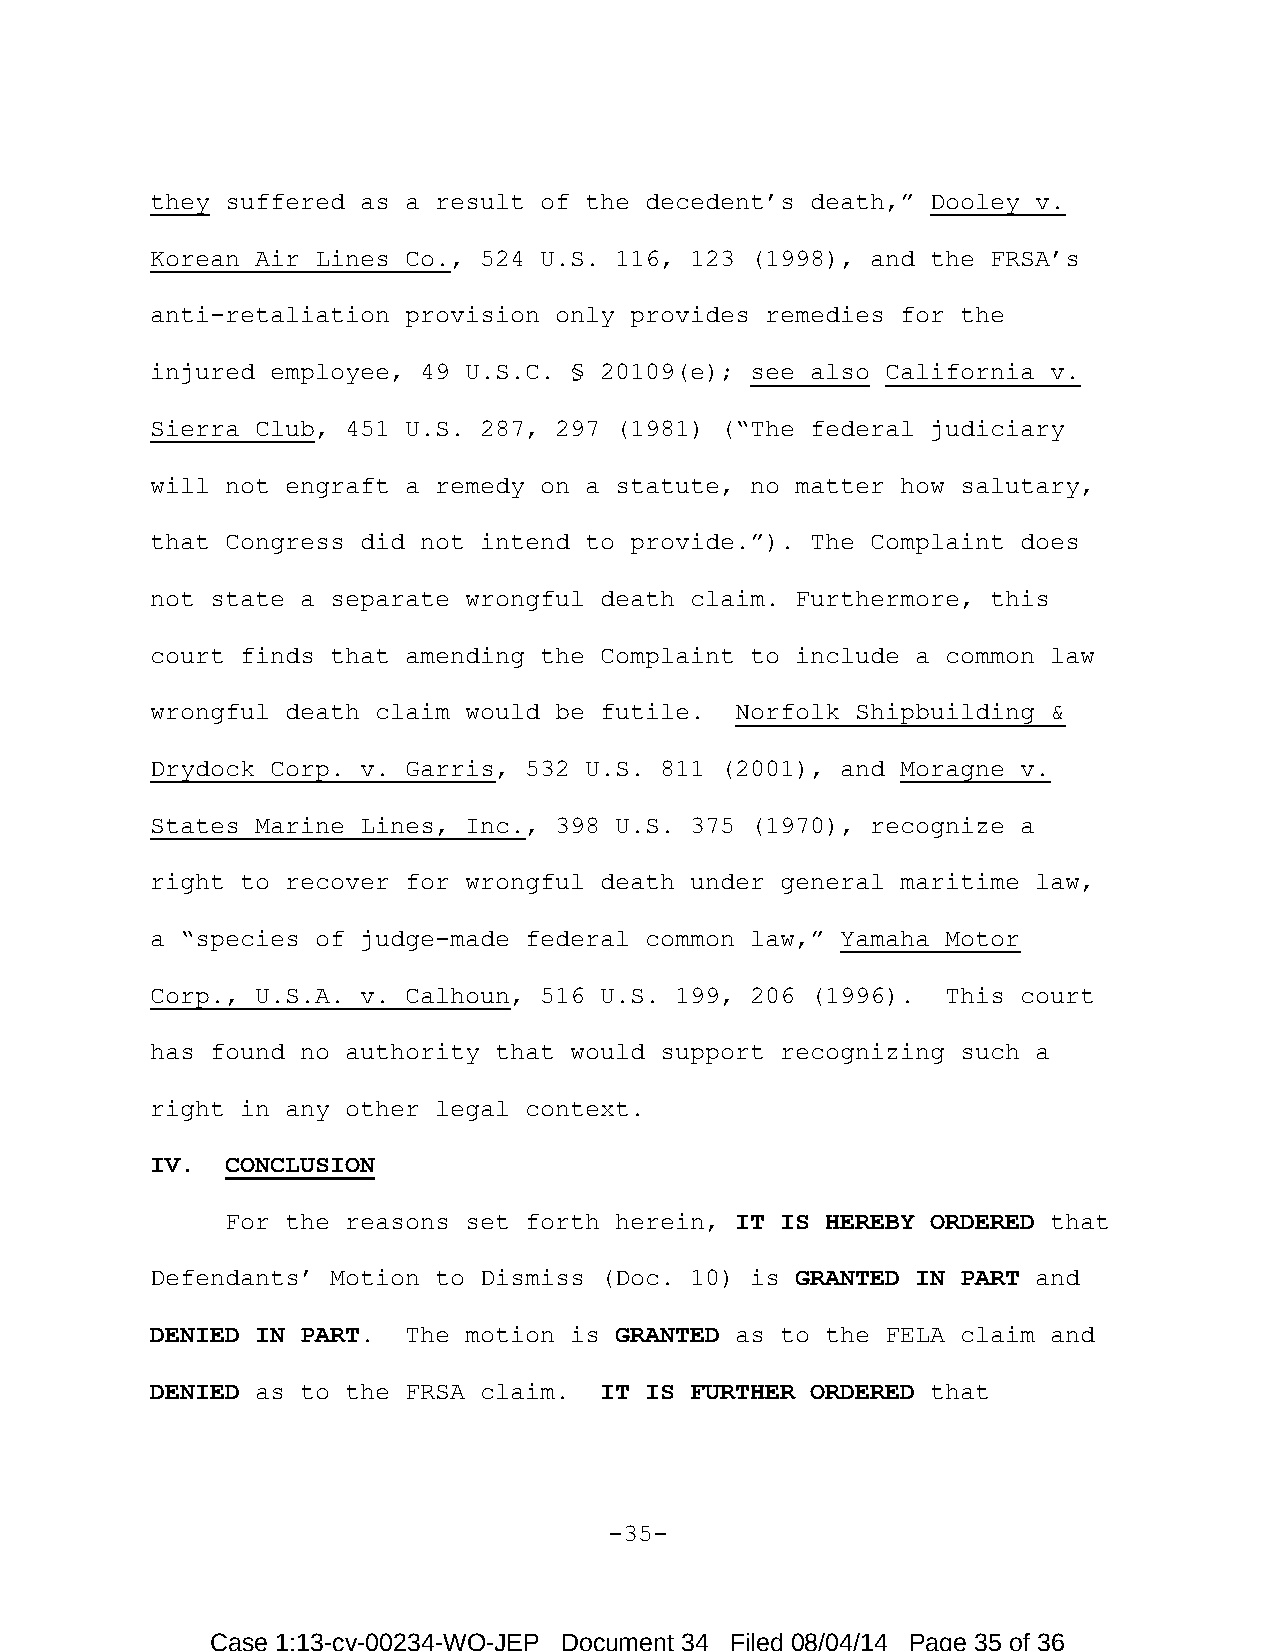
they suffered as a result of the decedent’s death,” Dooley v.
 Korean Air Lines Co., 524 U.S. 116, 123 (1998), and the FRSA’s
 anti-retaliation provision only provides remedies for the
 injured employee, 49 U.S.C. § 20109(e); see also California v.
 Sierra Club, 451 U.S. 287, 297 (1981) (“The federal judiciary
 will not engraft a remedy on a statute, no matter how salutary,
 that Congress did not intend to provide.”). The Complaint does
 not state a separate wrongful death claim. Furthermore, this
 court finds that amending the Complaint to include a common law
 wrongful death claim would be futile.  Norfolk Shipbuilding &
 Drydock Corp. v. Garris, 532 U.S. 811 (2001), and Moragne v.
 States Marine Lines, Inc., 398 U.S. 375 (1970), recognize a
 right to recover for wrongful death under general maritime law,
 a “species of judge-made federal common law,” Yamaha Motor
 Corp., U.S.A. v. Calhoun, 516 U.S. 199, 206 (1996).  This court
 has found no authority that would support recognizing such a
 right in any other legal context.
 IV.  CONCLUSION
 For the reasons set forth herein, IT IS HEREBY ORDERED that
 Defendants’ Motion to Dismiss (Doc. 10) is GRANTED IN PART and
 DENIED IN PART.  The motion is GRANTED as to the FELA claim and
 DENIED as to the FRSA claim.  IT IS FURTHER ORDERED that
 -35-
 Case 1:13-cv-00234-WO-JEP Document 34 Filed 08/04/14 Page 35 of 36